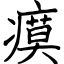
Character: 瘼